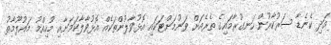
އަދި ކެނެޑާ ސަރުކާރުން ހަނގުރާމައިގެ ތެރެއަށް ވަނުމަށްޓަކަައި އޮޅުވާލުންތަކެއް އޮޅުވާލާކަމަށާއި މުހިއްމު މައުލޫމާތު